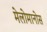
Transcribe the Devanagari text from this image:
मेलोमानोस